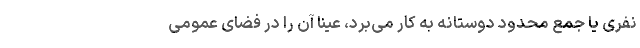
نفری یا جمع محدود دوستانه به کار می‌برد، عیناً آن را در فضای عمومی